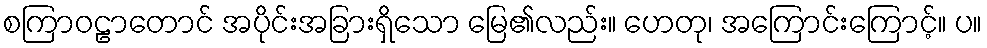
စကြာဝဠာတောင် အပိုင်းအခြားရှိသော မြေ၏လည်း။ ဟေတု၊ အကြောင်းကြောင့်။ ပ။